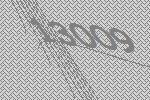
13009